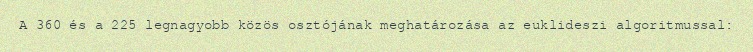
A 360 és a 225 legnagyobb közös osztójának meghatározása az euklideszi algoritmussal: